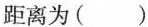
距离为( )